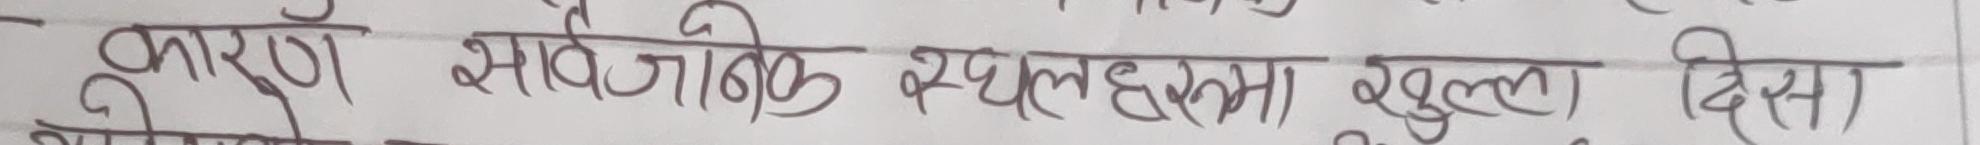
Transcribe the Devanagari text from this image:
कारण सार्वजनिक स्थलहरु खुला दिसा